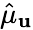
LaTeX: \hat{\mu}_{\mathbf u}